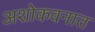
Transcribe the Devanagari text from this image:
अशोकवनात